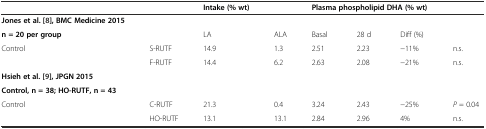
<table><thead><tr><td colspan="2"></td><td><b>Intake (% wt)</b></td><td></td><td colspan="4"><b>Plasma phospholipid DHA (% wt)</b></td></tr></thead><tbody><tr><td><b>Jones et al.</b> [8]<b>, BMC Medicine 2015</b></td><td colspan="7"></td></tr><tr><td><b>n = 20 per group</b></td><td></td><td>LA</td><td>ALA</td><td>Basal</td><td>28 d</td><td>Diff (%)</td><td></td></tr><tr><td>Control</td><td>S-RUTF</td><td>14.9</td><td>1.3</td><td>2.51</td><td>2.23</td><td>−11%</td><td>n.s.</td></tr><tr><td></td><td>F-RUTF</td><td>14.4</td><td>6.2</td><td>2.63</td><td>2.08</td><td>−21%</td><td>n.s.</td></tr><tr><td colspan="2"><b>Hsieh et al.</b> [9]<b>, JPGN 2015</b></td><td colspan="6"></td></tr><tr><td colspan="2"><b>Control, n = 38; HO-RUTF, n = 43</b></td><td colspan="6"></td></tr><tr><td>Control</td><td>C-RUTF</td><td>21.3</td><td>0.4</td><td>3.24</td><td>2.43</td><td>−25%</td><td><i>P</i> = 0.04</td></tr><tr><td></td><td>HO-RUTF</td><td>13.1</td><td>13.1</td><td>2.84</td><td>2.96</td><td>4%</td><td>n.s.</td></tr></tbody></table>